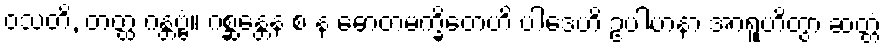
ဝသတိ, တတ္ထ ဂန္တဗ္ဗံ။ ဂစ္ဆန္တေန စ န ဓောတမက္ခိတေဟိ ပါဒေဟိ ဥပါဟနာ အာရူဟိတွာ ဆတ္တံ